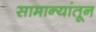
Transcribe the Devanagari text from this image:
सामान्यांतून